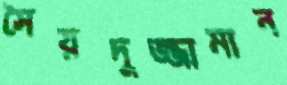
সৈয়দুজ্জামান